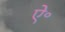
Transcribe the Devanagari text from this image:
ऐ॰